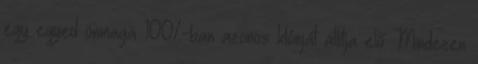
egy egyed önmaga 100%-ban azonos klónját állítja elő. Mindezen